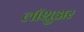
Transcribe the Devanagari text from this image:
लॉशुअर